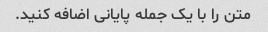
متن را با یک جمله پایانی اضافه کنید.